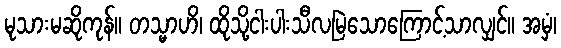
မုသားမဆိုကုန်။ တသ္မာဟိ၊ ထိုသို့ငါးပါးသီလမြဲသောကြောင့်သာလျှင်။ အမှံ၊